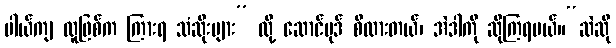
ပါယ်ကျ လူဖြစ်က ကြားရ သံဆိုးများ” လို့ ဆောင်ပုဒ် စီထားတယ်၊ အဲဒါကို ဆိုကြရမယ်။“ဆဲဆို